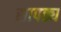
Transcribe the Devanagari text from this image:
सापठ्य